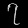
Digit: ၇